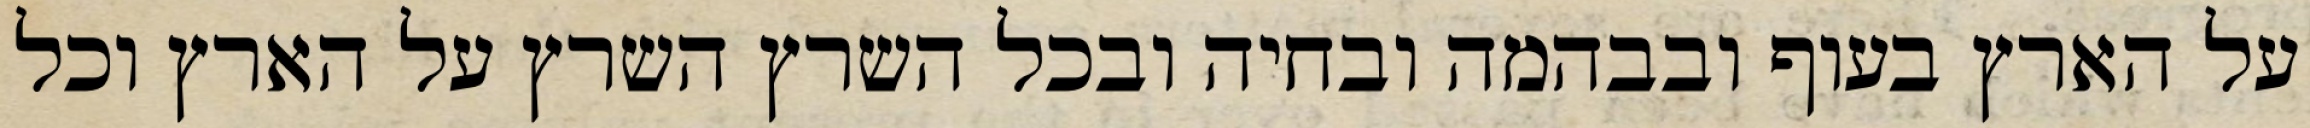
על הארץ בעוף ובבהמה ובחיה ובכל השרץ השרץ על הארץ וכל